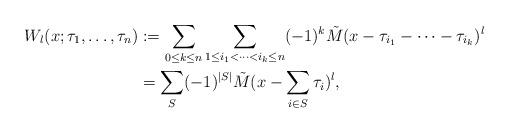
LaTeX: \begin{align*}W_l(x;\tau_1,\dots,\tau_n)&:=\sum_{0\le k \le n}\sum_{1\le i_1<\dots<i_k\le n}(-1)^k\tilde{M}(x-\tau_{i_1}-\dots-\tau_{i_k})^l\\&=\sum_{S}(-1)^{|S|}\tilde{M}(x-\sum_{i\in S}\tau_{i})^l,\end{align*}